Maali_päevik, lk 10
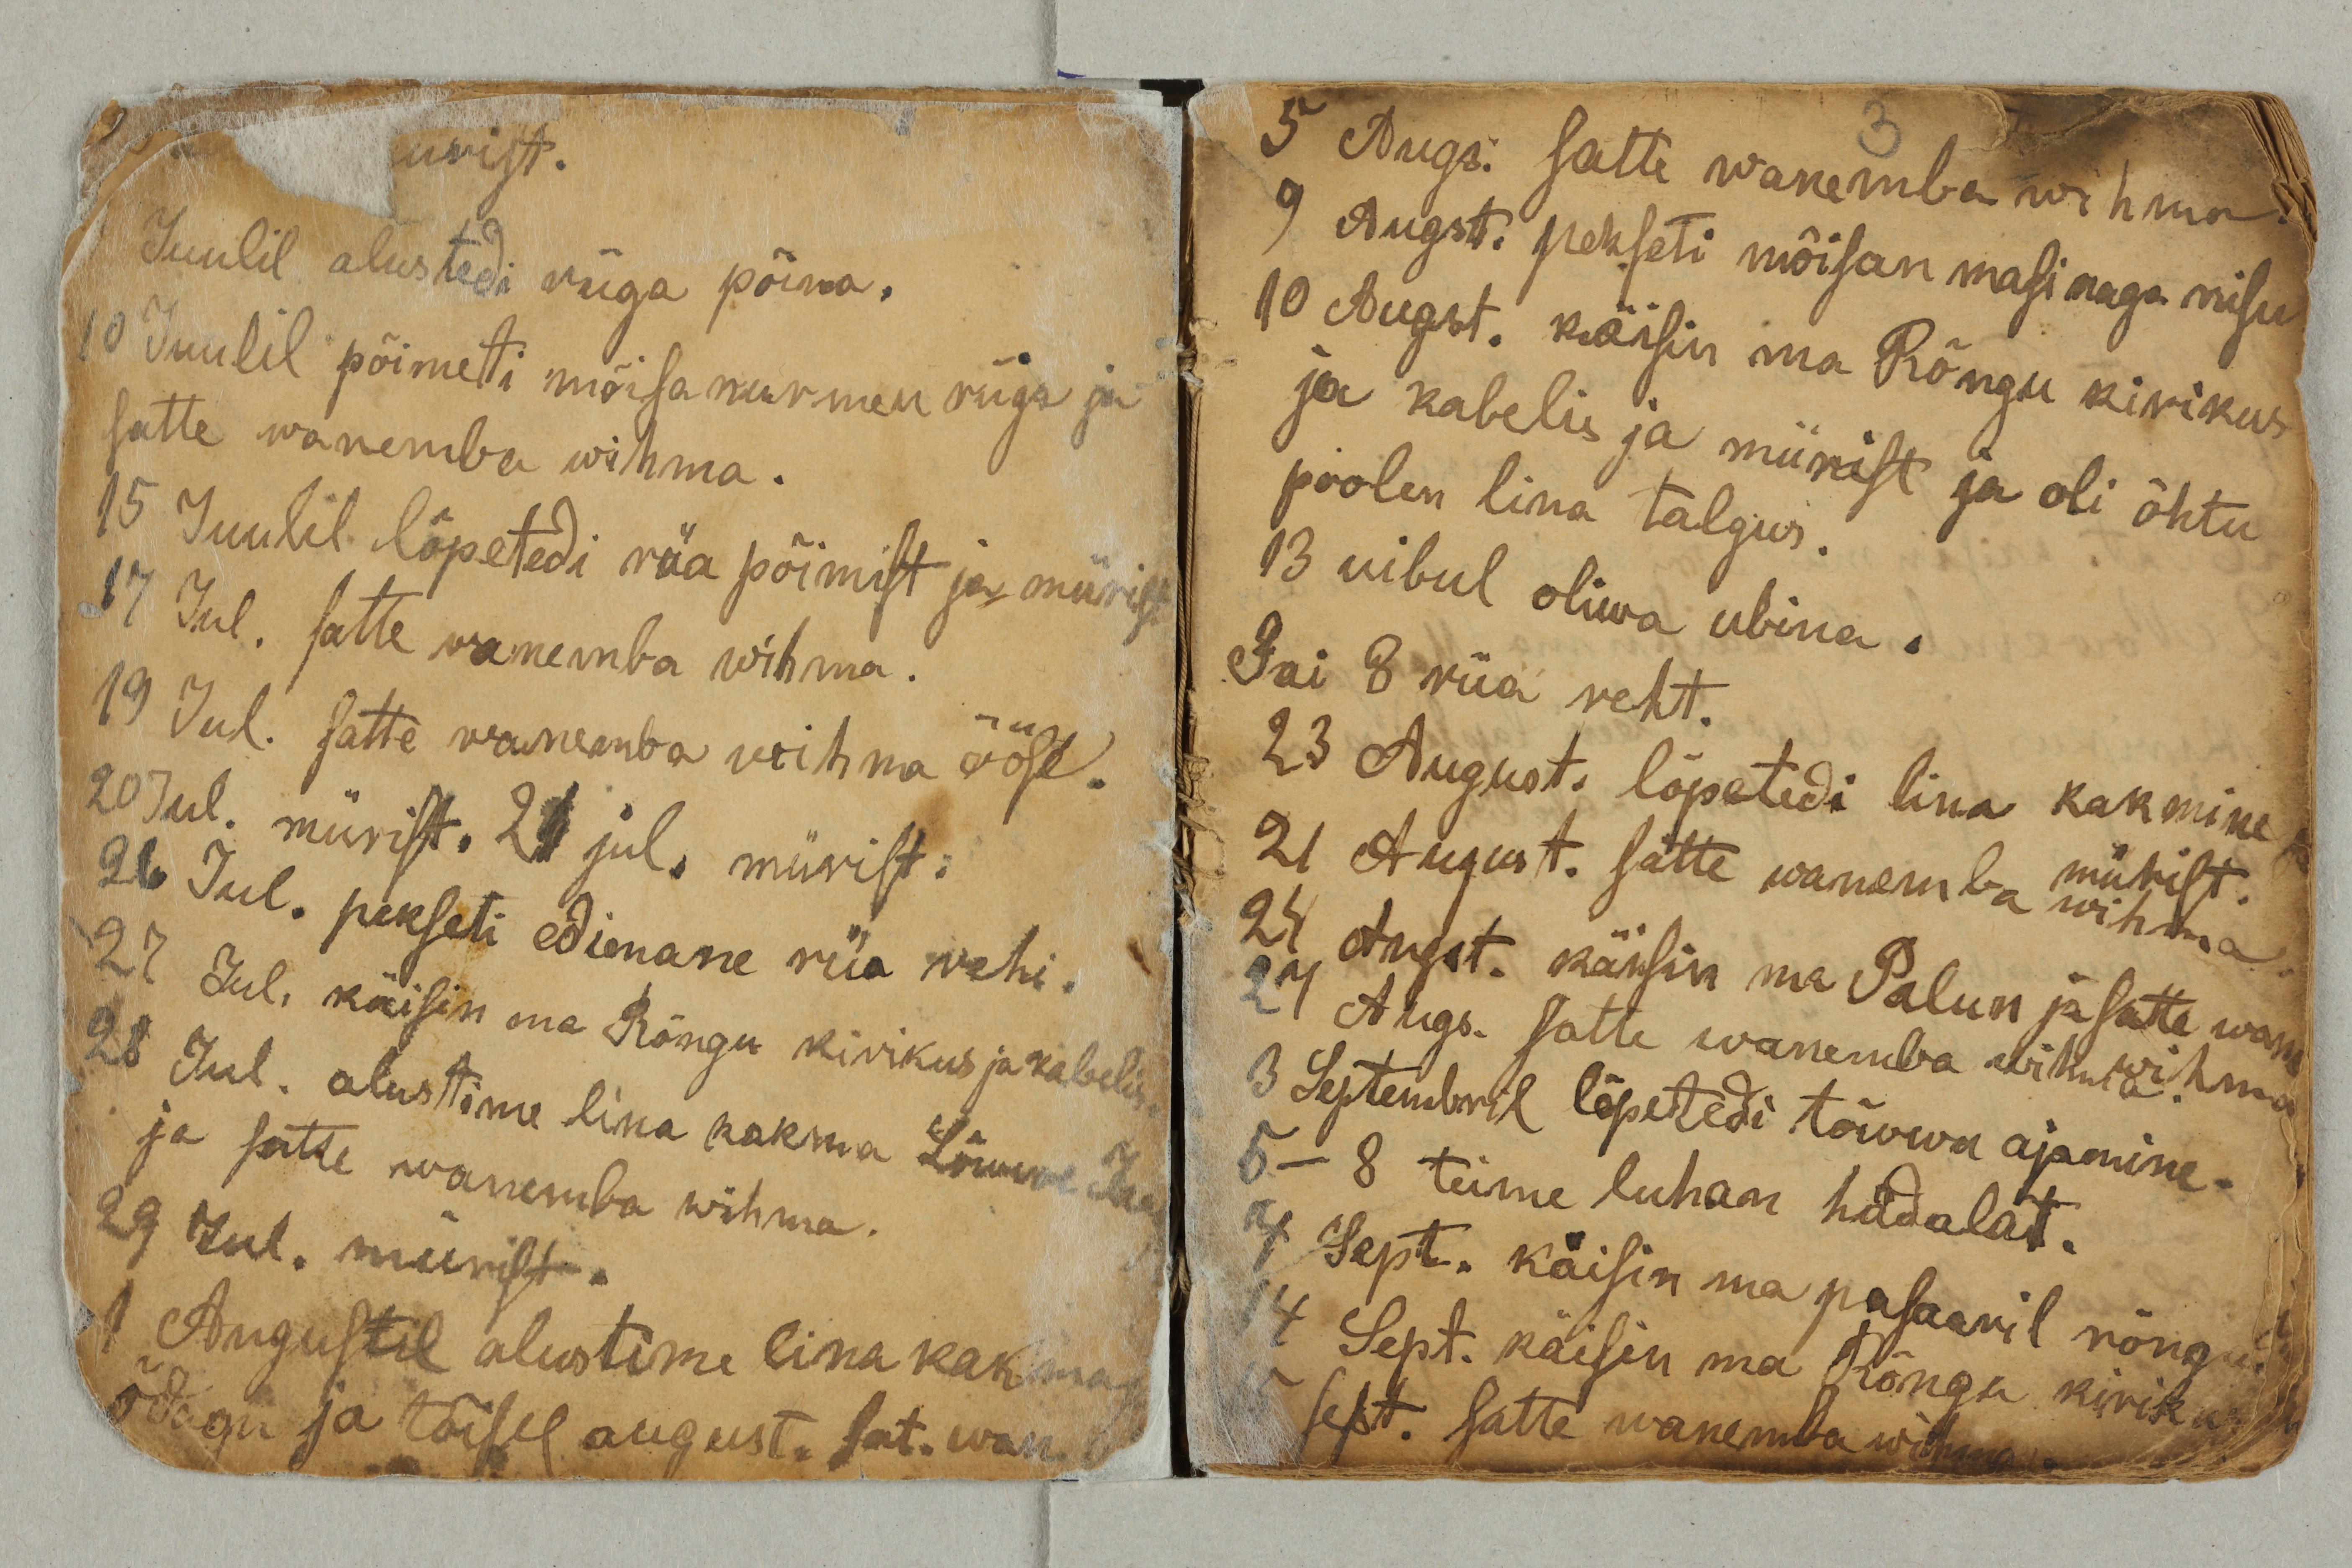
Juulil alustedi rüga põima.
10 Juulil põimeti mõisa nurmen rüga ja
satte wanemba wihma.
15 Juulil lõpetedi rüa põimist ja mürist.
17 Jul. satte wanemba wihma.
19 Jul. satte wanemba wihma ööse.
20 Jul. mürist. 21 jul. mürist.
26 Jul. pekseti edimane rüa rehi.
27 Jul. käisin ma Rõngu kirikus ja kabelis.
28 Jul. alustime lina kakma Sõ[…] Jaag[…]
ja satte wanemba wihma.
29 Jul. mürist.
1 Augustil alustime lina kakma
õdagu ja tõisel august. sat. wan.

5 Augs. satte wanemba wihma.
9 Augst. pekseti mõisan masinaga nisu.
10 Augst. käisin ma Rõngu kirikus
ja kabelis ja mürist ja oli õhtu
poolen lina talgus.
13 uibul oliwa ubina.
Sai 8 rüa reht.
23 August. lõpetedi lina kakmine
mürist.
21 August. satte wanemba wihma.
24 Augst. käisin ma Palun ja satte wane
wihma.
27 Augs. satte wanemba wihma.
3 Septembril lõpetedi tõwwa ajamine.
5-8 teime luhan hädalat.
7 Sept. käisin ma pasaaril rõngus.
14 Sept. käisin ma Rõngu kirikus.
15 Sept. satte wanemba wihma.